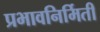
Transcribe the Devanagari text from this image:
प्रभावनिर्मिती